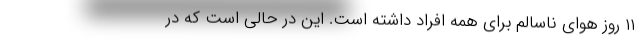
۱۱ روز هوای ناسالم برای همه افراد داشته است. این در حالی است که در